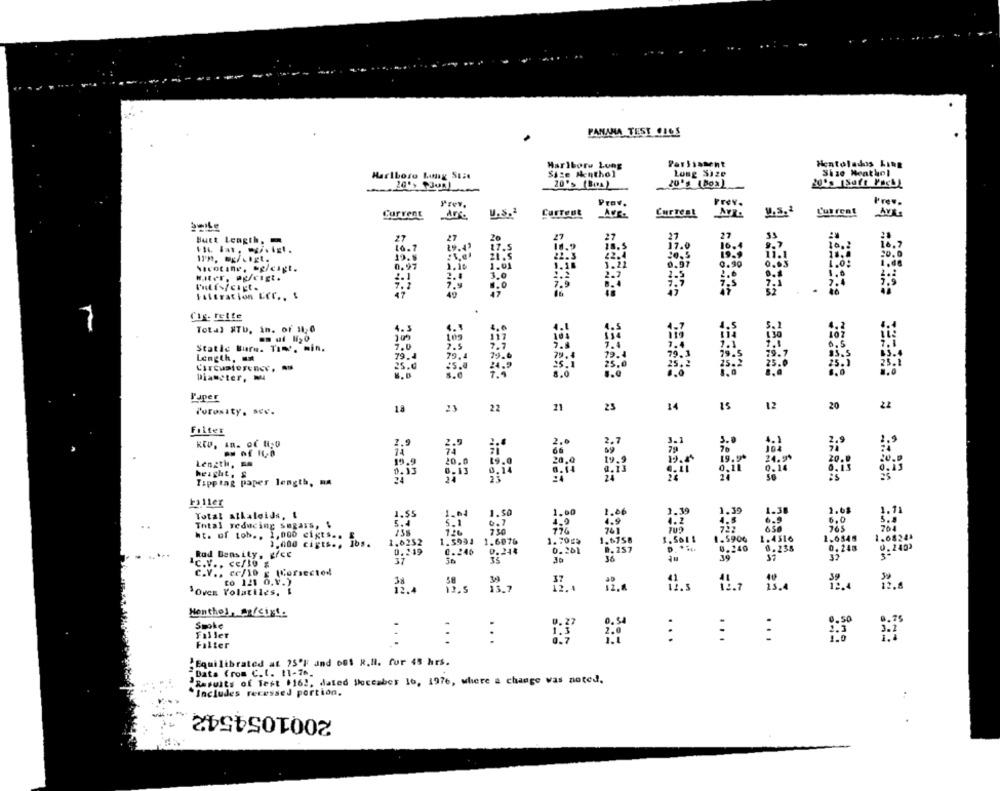
PANAMA TEST 0165
Marlboro Long
Hentolados Ling
Size Menthol
Long Size
Size Meatkel
Marlboro Laag SEit
20', POR
20's (Box)
20'S Box
Prev.
Prov.
Prev.
Prev.
Current
U.S.ª
Current
Current
Current
27
27
27
27
28
Butt Length.
27
17.5
18.5
17
16.4
9.7
10.2
16.7
10.7
20.5
19.9
20.0
119. mg/Ligt.
19.5
21.5
22.3
22.4
0.90
0.63
Nicotine, og/cigt.
0.97
1.01
3.22
0.97
HIter, ag/cigt.
1.1
2.4
3.0
2.7
2.5
7.7
1.0
7.9
47
Filtration Cer .. $
Che- rette
Total STU, in. of 110
4.3
104
Static Buru. Tale. min.
Length,
Diameter,
Paper
18
23
22
21
23
14
12
20
Filter
2.9
Length,
19.9
20.0
height,
Tipptag paper length, MA
24
Filler
Total alkaloids, 1
1,55
1.50
1.00
2.39
1.39
1-38
2.68
1.71
5.4
1.06
Total veducing sugars, $
ht. of tob .. 1,000 cigts ..
126
736
42
1.000 cigts ., Ibs.
1.6252
1.6076
1.6758
1.5011
1 . 4516
1.6848
1.0820
Rad Beastly, gree
0.249
0 .248
6 . 201
0.240
6.238
0.248
IC.V .. Ce/IO $
37
ain
35
C.V ., ce/10 g (Corsected
to 121 0.V.)
58
SOves Volatiles, $
12.5
13.1
12.a
Menthol, a/cigt.
Smoke
Filler
...
...
:
...
...
...
Filter
Equilibrated at 75ºF and 601 R.R. for 48 hrs.
Data from C.t. 11-76.
Results of Test $16 !, dated Shoecaber 16, 1976, where a change was noted,
Includes recessed portion.
2001054542